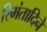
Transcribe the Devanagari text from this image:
रिमंतादिने